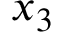
x _ { 3 }